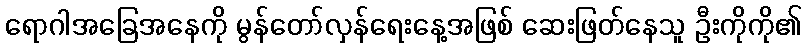
ရောဂါအခြေအနေကို မွန်တော်လှန်ရေးနေ့အဖြစ် ဆေးဖြတ်နေသူ ဦးကိုကို၏